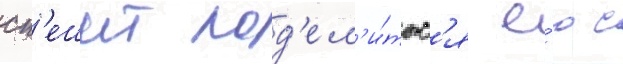
сп'ешит под'ел'и́тьс'я е́ю с